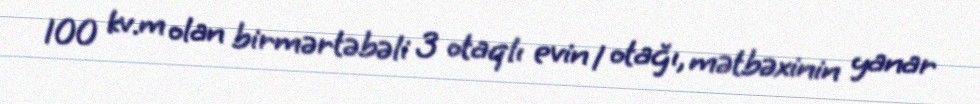
100 kv.m olan birmərtəbəli 3 otaqlı evin 1 otağı, mətbəxinin yanar